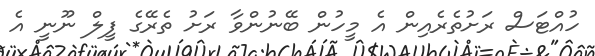
ހުއްޓަސް ރަށުތެރެއިން އެ މީހުން ބޭނުންވާ ރަށު ތެރޭގެ ފީލް ނޫނީ އެ